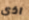
اذى